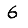
Digit: 6